Code of medical and sanitary regulations for the guidance of medical officers serving in the Madras Presidency - Volume II
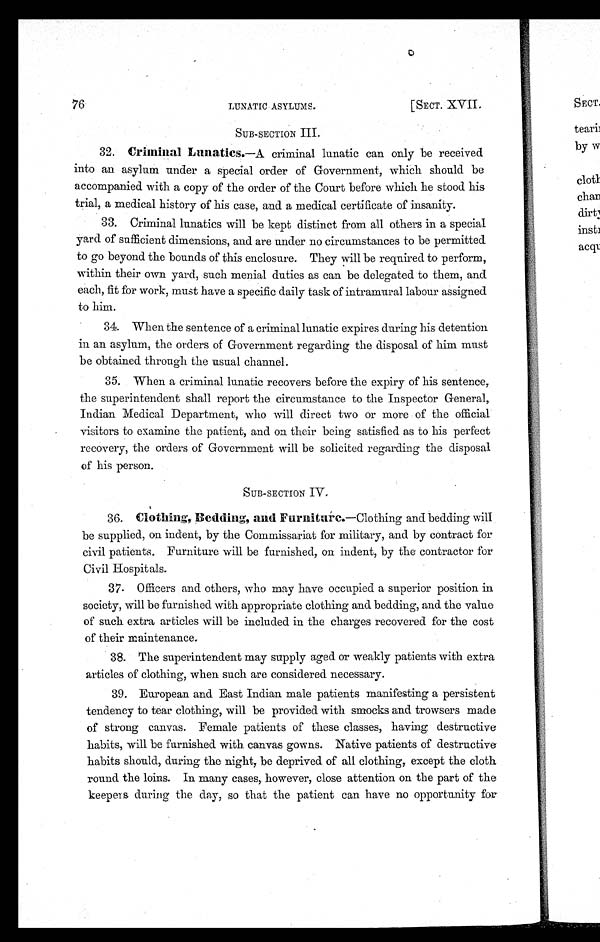
76
LUNATIC ASYLUMS.
[SECT. XVII.
SUB-SECTION III.
32. Criminal Lunatics.—A criminal lunatic can only be received
into an asylum under a special order of Government, which should be
accompanied with a copy of the order of the Court before which he stood his
trial, a medical history of his case, and a medical certificate of insanity.
33. Criminal lunatics will be kept distinct from all others in a special
yard of sufficient dimensions, and are under no circumstances to be permitted
to go beyond the bounds of this enclosure. They will be required to perform,
within their own yard, such menial duties as can be delegated to them, and
each, fit for work, must have a specific daily task of intramural labour assigned
to him.
34. When the sentence of a criminal lunatic expires during his detention
in an asylum, the orders of Government regarding the disposal of him must
be obtained through the usual channel.
35. When a criminal lunatic recovers before the expiry of his sentence,
the superintendent shall report the circumstance to the Inspector General,
Indian Medical Department, who will direct two or more of the official
visitors to examine the patient, and on their being satisfied as to his perfect
recovery, the orders of Government will be solicited regarding the disposal
of his person.
SUB-SECTION IV.
36. Clothing, Bedding, and Furniture.—Clothing and bedding will
be supplied, on indent, by the Commissariat for military, and by contract for
civil patients. Furniture will be furnished, on indent, by the contractor for
Civil Hospitals.
37. Officers and others, who may have occupied a superior position in
society, will be furnished with appropriate clothing and bedding, and the value
of such extra articles will be included in the charges recovered for the cost
of their maintenance.
38. The superintendent may supply aged or weakly patients with extra
articles of clothing, when such are considered necessary.
39. European and East Indian male patients manifesting a persistent
tendency to tear clothing, will be provided with smocks and trowsers made
of strong canvas. Female patients of these classes, having destructive
habits, will be furnished with canvas gowns. Native patients of destructive
habits should, during the night, be deprived of all clothing, except the cloth
round the loins. In many cases, however, close attention on the part of the
keepers during the day, so that the patient can have no opportunity for